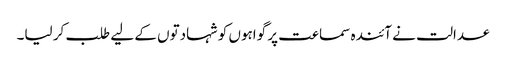
عدالت نے آئندہ سماعت پر گواہوں کو شہادتوں کے لیے طلب کر لیا۔